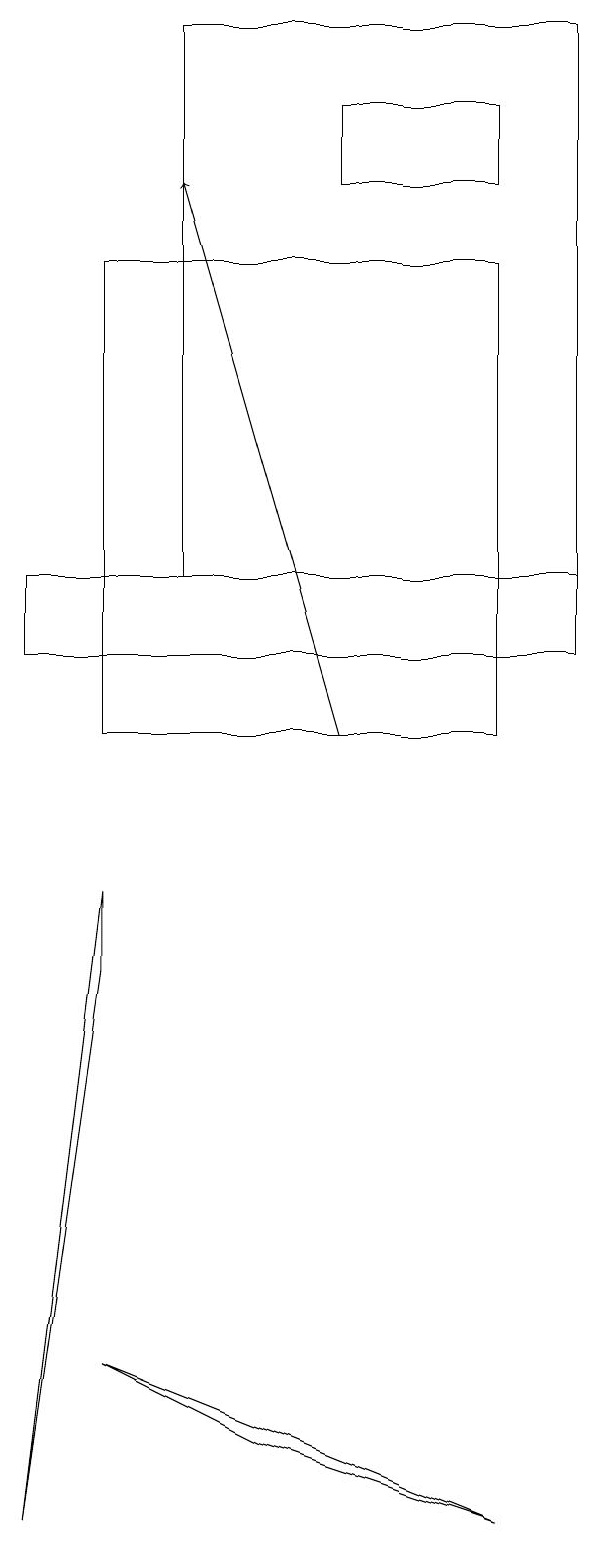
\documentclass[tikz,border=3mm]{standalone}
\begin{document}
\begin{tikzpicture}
\draw (8,0) -- (3,2) -- (5,1) -- cycle;
\draw (3,7) -- (3,8) -- (2,0) -- cycle;
\draw (6,17) rectangle (8,18);
\draw (4,19) rectangle (9,12);
\draw (3,16) rectangle (8,10);
\draw (2,11) rectangle (9,12);
\draw[->] (6,10) -- (4,17);
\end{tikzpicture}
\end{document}